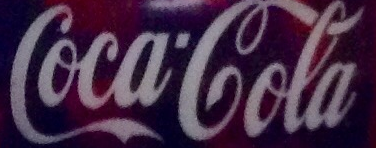
Coca'Cola